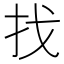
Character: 找